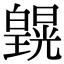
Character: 皩